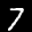
Label: 7